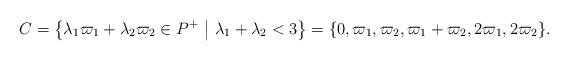
LaTeX: \begin{align*} C = \left\{\lambda_1\varpi_1 + \lambda_2\varpi_2 \in P^+\ \middle\vert\ \lambda_1+\lambda_2 < 3\right\} = \{0,\varpi_1,\varpi_2,\varpi_1+\varpi_2,2\varpi_1,2\varpi_2\}.\end{align*}